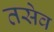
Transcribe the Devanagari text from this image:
तसेव